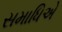
સમાધિએ